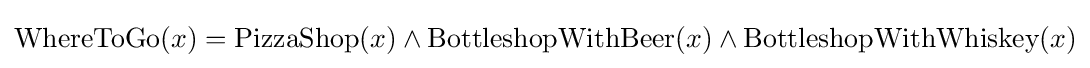
{\text{WhereToGo}}(x)={\text{PizzaShop}}(x)\land {\text{BottleshopWithBeer}}(x)\land {\text{BottleshopWithWhiskey}}(x)